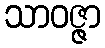
သာဝဇ္ဇာ